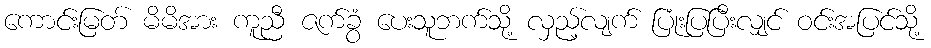
ကောင်းမြတ် မိမိအား ကူညီ ဇက်ခွံ ပေးသူဘက်သို့ လှည့်လျက် ပြုံးပြပြီးလျှင် ဝင်းအပြင်သို့